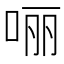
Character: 𫪃